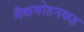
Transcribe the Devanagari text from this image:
मैकमोहनकह